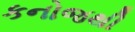
કનોજથી